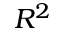
R ^ { 2 }